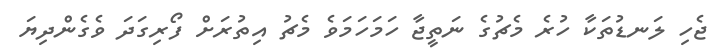
ޖެހި ލަނޑުތަކާ ހުރެ މެޗުގެ ނަތީޖާ ހަމަހަމަވެ މެޗު އިތުރަށް ފޯރިގަދަ ވެގެންދިޔަ